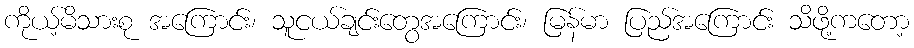
ကိုယ့်မိသားစု အကြောင်း၊ သူငယ်ချင်းတွေအကြောင်း၊ မြန်မာ ပြည်အကြောင်း သိဖို့ကတော့